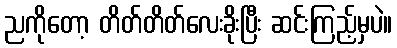
ညကိုတော့ တိတ်တိတ်လေးခိုးပြီး ဆင်းကြည့်မှပဲ။